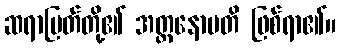
ဆရာမြတ်တို့၏ အတ္တနောမတိ ဖြစ်ရာ၏။